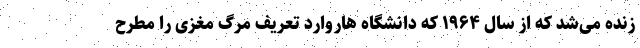
زنده می‌شد که از سال ۱۹۶۴ که دانشگاه هاروارد تعریف مرگ مغزی را مطرح